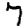
Digit: 7